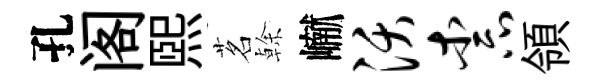
孔阁熙茗𠏉𪩘沃柰領